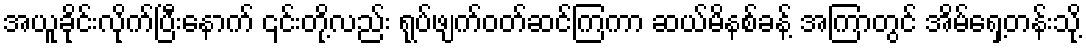
အယူခိုင်းလိုက်ပြီးနောက် ၎င်းတို့လည်း ရုပ်ဖျက်ဝတ်ဆင်ကြကာ ဆယ်မိနစ်ခန့် အကြာတွင် အိမ်ရှေ့တန်းသို့